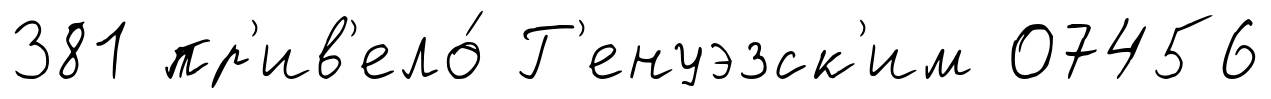
381 пр'ив'ело́ Г'енуэзск'им 07456